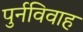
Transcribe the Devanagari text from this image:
पुर्नविवाह